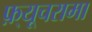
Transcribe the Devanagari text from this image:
फ़्यूचरामा